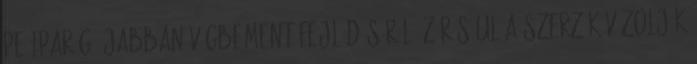
PE iparág újabban végbement fejlődéséről. Zárásául a szerzők vázolják